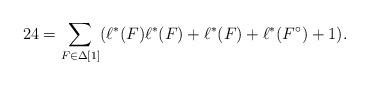
LaTeX: \begin{align*}24 = \sum_{F \in \Delta[1]}(\ell^*(F) \ell^*(F) + \ell^*(F) + \ell^*(F^\circ) +1). \end{align*}